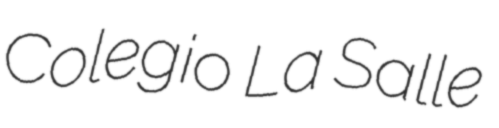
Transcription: Colegio La Salle